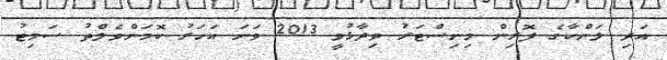
އަދި ލަންކާގެ ފޮރިން މިނިސްޓަރު ވިދާޅުވީ 2013 ވަނަ އަހަރު ކޮމަންވެލްތު ސަމިޓު